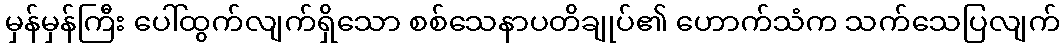
မှန်မှန်ကြီး ပေါ်ထွက်လျက်ရှိသော စစ်သေနာပတိချုပ်၏ ဟောက်သံက သက်သေပြလျက်